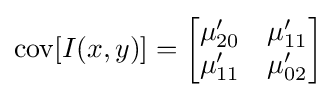
\operatorname {cov} [I(x,y)]={\begin{bmatrix}\mu '_{20}&\mu '_{11}\\\mu '_{11}&\mu '_{02}\end{bmatrix}}